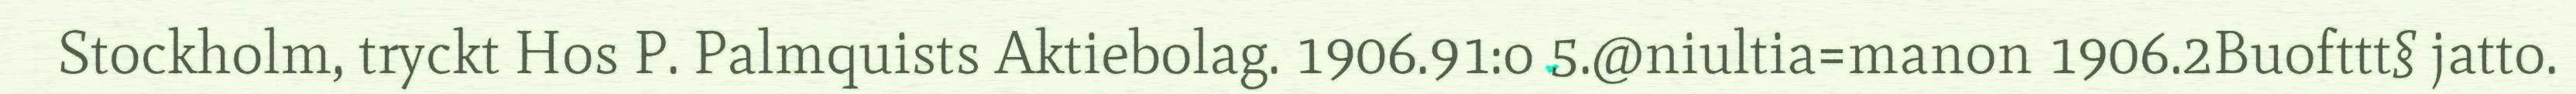
Stockholm, tryckt Hos P. Palmquists Aktiebolag. 1906.91:o 5.@niultia=manon 1906.2Buofttt§ jatto.